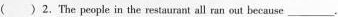
( )2.The people in the restaurant all ran out because